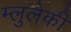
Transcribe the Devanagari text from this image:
म्लुलेकी